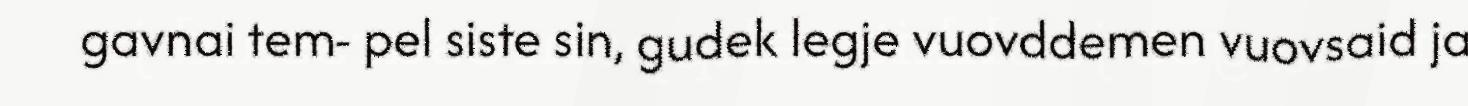
gavnai tem- pel siste sin, gudek legje vuovddemen vuovsaid ja